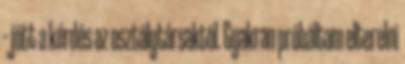
– jött a kérdés az osztálytársaktól. Gyakran próbáltam elterelni